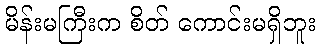
မိန်းမကြီးက စိတ် ကောင်းမရှိဘူး